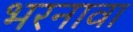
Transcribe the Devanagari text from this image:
भरनावा